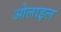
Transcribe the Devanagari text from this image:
ओलाइल